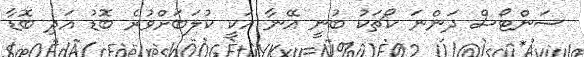
ސަންޓޯސް ދަންނަ ކޯޗަކު ބުނީ އޭނާ އަކީ ކުލަބަށްވުރެ ބޮޑު އަދި ބޮޑާ